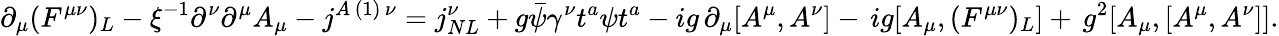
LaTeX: \partial_{\mu}(F^{\mu\nu})_{L}-\xi^{-1}\partial^{\nu}\partial^{\mu}A_{\mu}-j^{A\, (1)\, \nu}=j_{NL}^{\nu}+g\bar{\psi}\gamma^{\nu}t^{a}\psi t^{a}-ig\, \partial_{\mu}[A^{\mu},A^{\nu}]-\, ig[A_{\mu},(F^{\mu\nu})_{L}]+\, g^{2}[A_{\mu},[A^{\mu},A^{\nu}]].